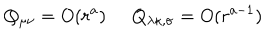
LaTeX: Q _ { \mu \nu } = O ( r ^ { a } ) \; \; Q _ { \lambda \kappa , \sigma } = O ( r ^ { a - 1 } )